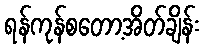
ရန်ကုန်စတော့အိတ်ချိန်း